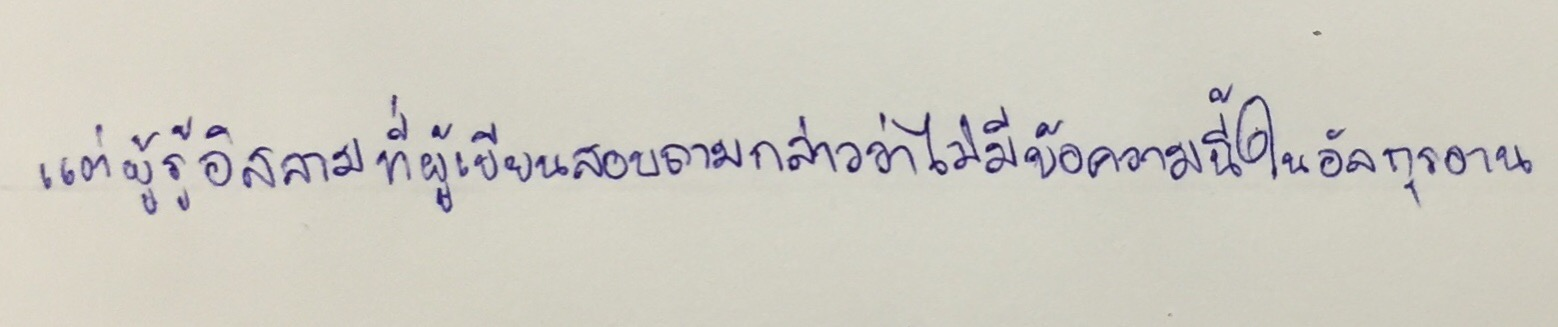
แต่ผู้รู้อิสลามที่ผู้เขียนสอบถามกล่าวว่าไม่มีข้อความนี้ในอัลกุรอาน